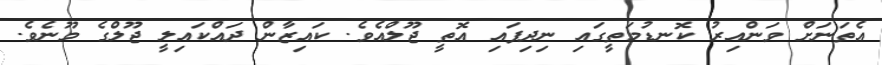
އެތަނަށް ވަންއިރު ކޮނޑުމަތީގައި ނިދިފައި އޮތީ ޖޫލްއެވެ. ކައިޒާން ދައްކައިލީ ޖޫލްގެ މޫނެވެ.